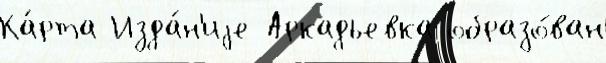
Ка́рта Изда́н'иjе Аркадьевка образо́ван